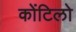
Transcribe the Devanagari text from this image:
कोंटिलो